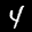
Label: 4